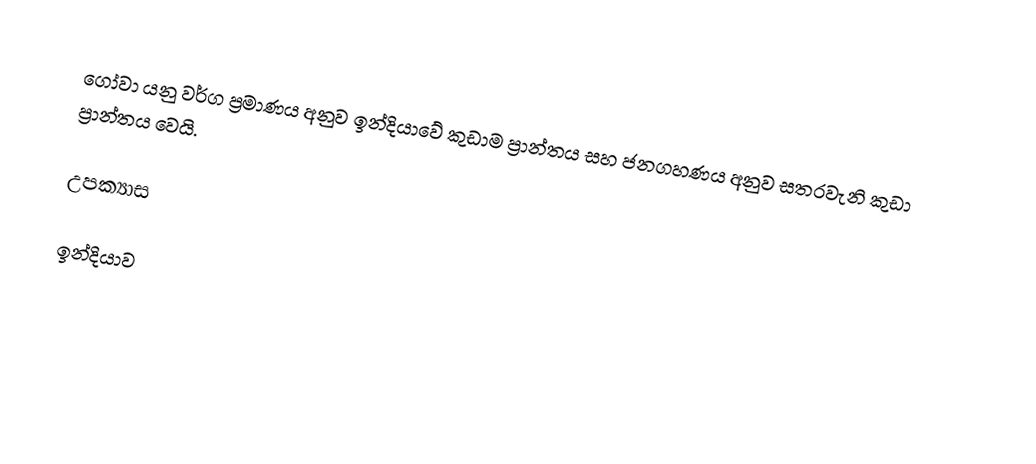
ගෝවා   යනු වර්ග ප්‍රමාණය අනුව ඉන්දියාවේ කුඩාම ප්‍රාන්තය සහ ජනගහණය අනුව සතරවැනි කුඩා ප්‍රාන්තය වෙයි.

උපක්‍යාස

ඉන්දියාව